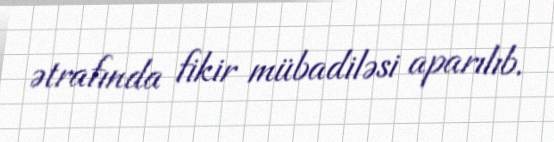
ətrafında fikir mübadiləsi aparılıb.